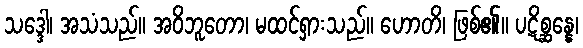
သဒ္ဒေါ၊ အသံသည်။ အဝိဘူတော၊ မထင်ရှားသည်။ ဟောတိ၊ ဖြစ်၏။ ပဋိစ္ဆန္နေ၊